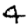
Digit: 4